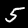
Digit: 5